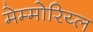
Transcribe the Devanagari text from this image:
मेम्मोरिय्ल